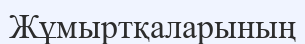
Жұмыртқаларының